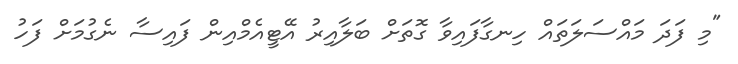
"މި ފަދަ މައްސަލަތައް ހިނގާފައިވާ ގޮތަށް ބަލާއިރު އޭޓީއެމްއިން ފައިސާ ނެގުމަށް ފަހު